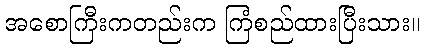
အစောကြီးကတည်းက ကြံစည်ထားပြီးသား။